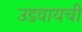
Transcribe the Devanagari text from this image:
उडवायची